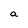
Character: a